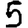
Digit: 5